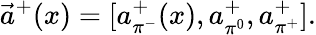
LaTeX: \vec{a}^{+}(x)=[a_{\pi^{-}}^{+}(x),a_{\pi^{0}}^{+},a_{\pi^{+}}^{+}].